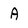
Character: A